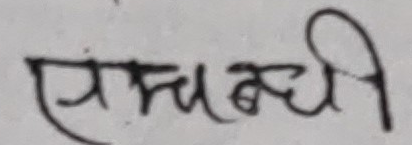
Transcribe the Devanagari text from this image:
सम्बन्धी